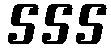
555